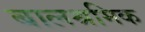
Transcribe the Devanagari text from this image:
बालश्रमिक